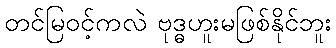
တင်မြဝင့်ကလဲ ဗုဒ္ဓဟူးမဖြစ်နိုင်ဘူး